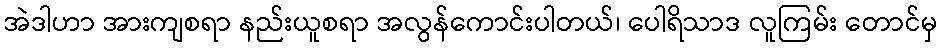
အဲဒါဟာ အားကျစရာ နည်းယူစရာ အလွန်ကောင်းပါတယ်၊ ပေါရိသာဒ လူကြမ်း တောင်မှ